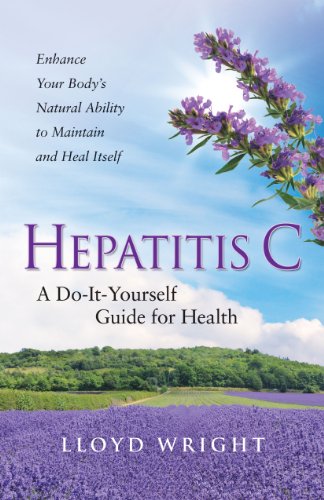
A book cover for Hepatitis C A Do-It-Yourself Guide for Health; Lloyd Wright; Health, Fitness & Dieting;